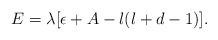
LaTeX: \begin{align*} E = \lambda [\epsilon + A - l(l+d-1)]. \end{align*}